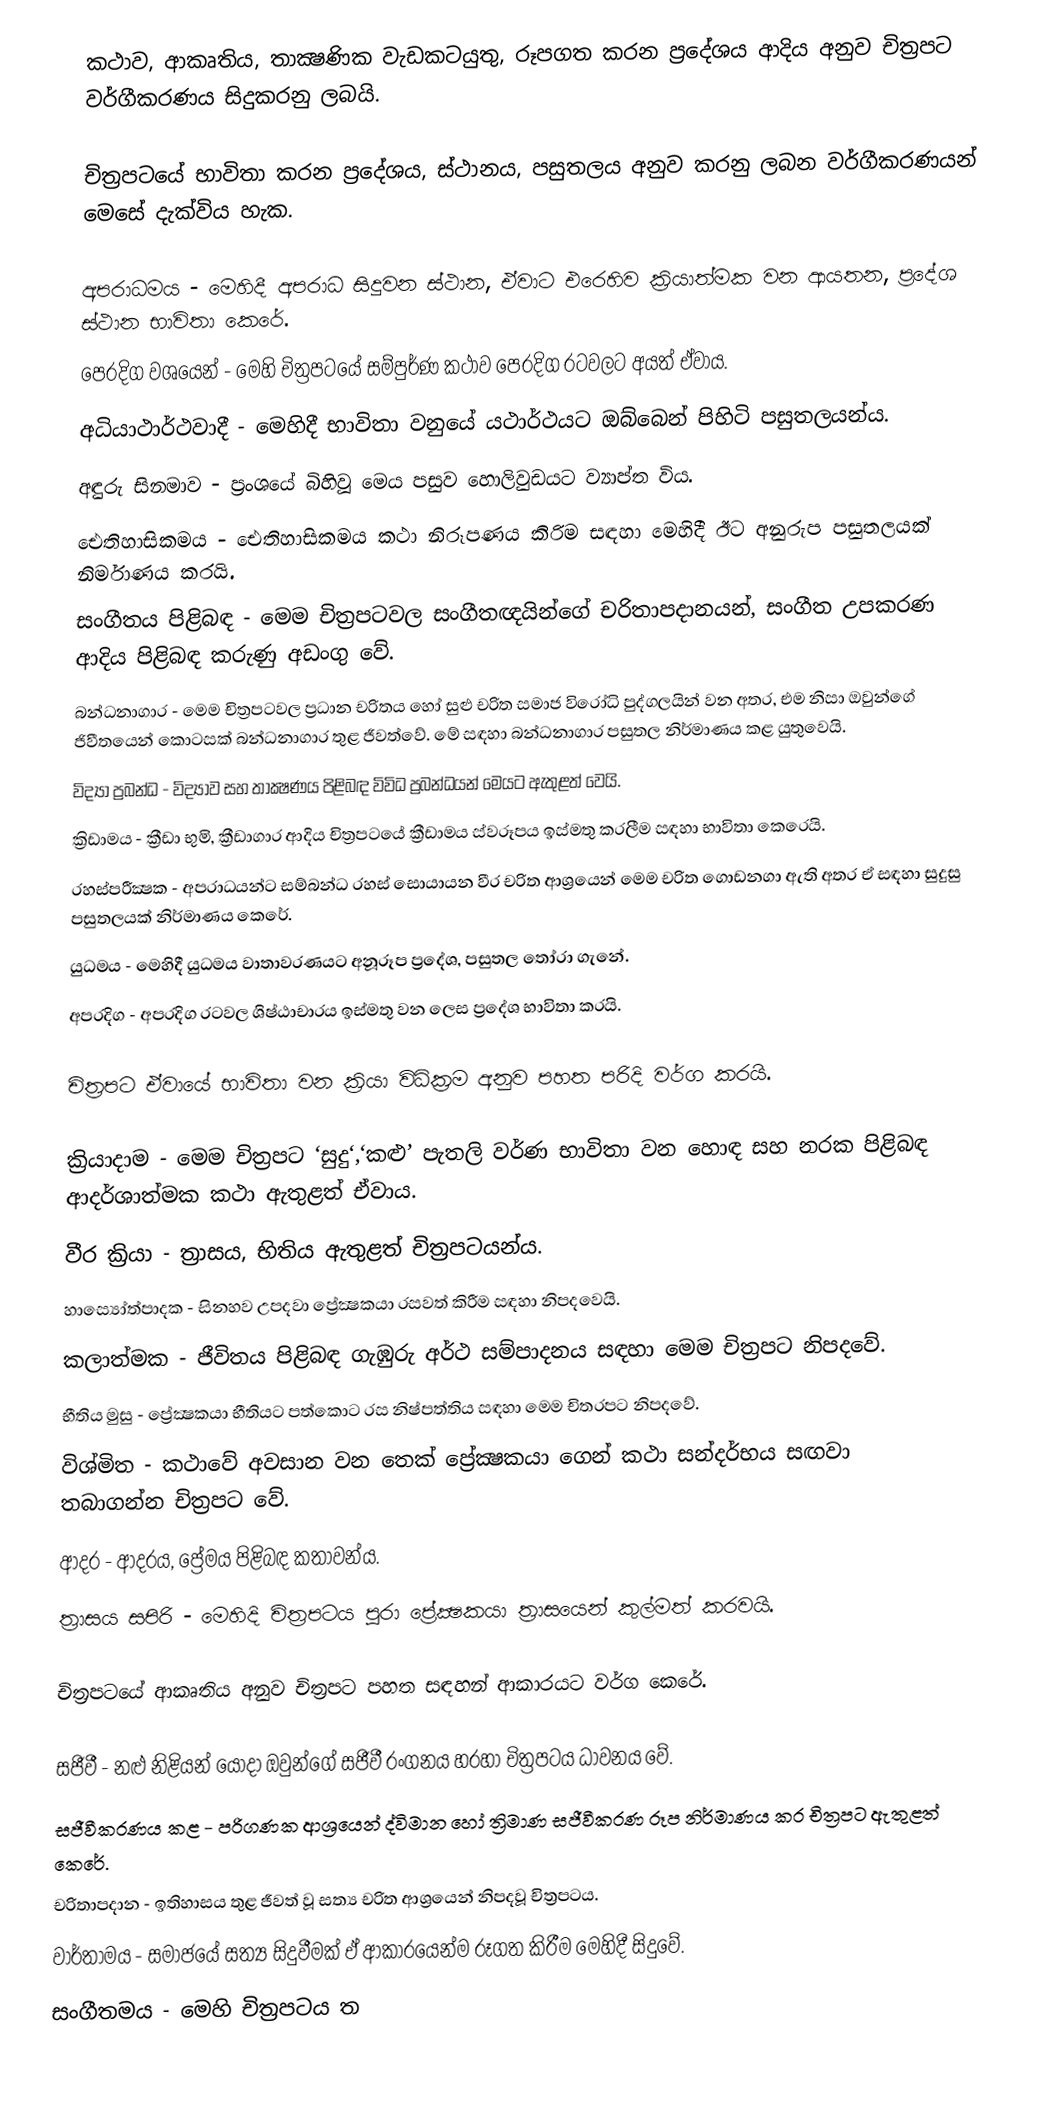
කථාව, ආකෘතිය, තාක්‍ෂණික වැඩකටයුතු, රූපගත කරන ප්‍රදේශය ආදිය අනුව චිත්‍රපට වර්ගීකරණය සිදුකරනු ලබයි.

චිත්‍රපටයේ භාවිතා කරන ප්‍රදේශය, ස්ථානය, පසුතලය අනුව කරනු ලබන වර්ගීකරණයන් මෙසේ දැක්විය හැක.

අපරාධමය   - මෙහිදී අපරාධ සිදුවන ස්ථාන, ඒවාට එරෙහිව ක්‍රියාත්මක වන ආයතන, ප්‍රදේශ ස්ථාන භාවිතා කෙරේ.
පෙරදිග    වශයෙන්   - මෙහි චිත්‍රපටයේ සම්පුර්ණ කථාව පෙරදිග රටවලට අයත් ඒවාය.
අධියාථාර්ථවාදී  - මෙහිදී භාවිතා වනුයේ යථාර්ථයට ඔබ්බෙන් පිහිටි පසුතලයන්ය.
අඳුරු සිනමාව - ප්‍රංශයේ බිහිවූ මෙය පසුව හොලිවුඩයට ව්‍යාප්ත විය.
ඓතිහාසිකමය  - ඓතිහාසිකමය කථා නිරූපණය කිරිම සඳහා මෙහිදී ඊට අනුරුප පසුතලයක් නිර්මාණය කරයි.
සංගීතය පිළිබඳ   - මෙම චිත්‍රපටවල සංගීතඥයින්ගේ චරිතාපදානයන්, සංගීත උපකරණ ආදිය පිළිබඳ කරුණු අඩංගු වේ.
බන්ධනාගාර    - මෙම චිත්‍රපටවල ප්‍රධාන චරිතය හෝ සුළු චරිත සමාජ විරෝධි පුද්ගලයින් වන අතර, එම නිසා ඔවුන්ගේ ජිවීතයෙන් කොටසක් බන්ධනාගාර තුළ ජීවත්වේ. මේ සඳහා බන්ධනාගාර පසුතල නිර්මාණය කළ යුතුවෙයි.
විද්‍යා ප්‍රබන්ධ  - විද්‍යාව සහ තාක්‍ෂණය පිළිබඳ විවිධ ප්‍රබන්ධයන් මෙයට ඇතුළත් වෙයි.
ක්‍රිඩාමය      - ක්‍රීඩා භුමි, ක්‍රීඩාගාර ආදිය චිත්‍රපටයේ ක්‍රීඩාමය ස්වරූපය ඉස්මතු කරලීම සඳහා භාවිතා කෙරෙයි.
රහස්පරීක්‍ෂක   - අපරාධයන්ට සම්බන්ධ රහස් සොයායන වීර චරිත ආශ්‍රයෙන් මෙම චරිත ගොඩනගා ඇති අතර ඒ සඳහා සුදුසු පසුතලයක් නිර්මාණය කෙරේ.
යුධමය        - මෙහිදී යුධමය වාතාවරණයට අනූරූප ප්‍රදේශ, පසුතල තෝරා ගැනේ.
අපරදිග       - අපරදිග රටවල ශිෂ්ඨාචාරය ඉස්මතු වන ලෙස ප්‍රදේශ භාවිතා කරයි.

චිත්‍රපට ඒවායේ භාවිතා වන ක්‍රියා විධික්‍රම අනුව පහත පරිදි වර්ග කරයි.

ක්‍රියාදාම  - මෙම චිත්‍රපට ‘සුදු‘,‘කළු’ පැතලි වර්ණ භාවිතා වන හොඳ සහ නරක පිළිබඳ ආදර්ශාත්මක කථා ඇතුළත් ඒවාය.
වීර ක්‍රියා  - ත්‍රාසය, භිතිය ඇතුළත් චිත්‍රපටයන්ය.
හාස්‍යෝත්පාදක  - සිනහව උපදවා ප්‍රේක්‍ෂකයා රසවත් කිරීම සඳහා නිපදවෙයි.
කලාත්මක  - ජීවිතය පිළිබඳ ගැඹුරු අර්ථ සම්පාදනය සඳහා මෙම චිත්‍රපට නිපදවේ.
භීතිය මුසු - ප්‍රේක්‍ෂකයා භීතියට පත්කොට රස නිෂ්පත්තිය සඳහා මෙම චිත‍්‍රපට නිපදවේ.
විශ්මිත - කථාවේ අවසාන වන තෙක් ප්‍රේක්‍ෂකයා ගෙන් කථා සන්දර්භය සඟවා තබාගන්න චිත්‍රපට වේ.
ආදර - ආදරය, ප්‍රේමය පිළිබඳ කතාවන්ය.
ත්‍රාසය සපිරි - මෙහිදි චිත්‍රපටය පුරා ප්‍රේක්‍ෂකයා ත්‍රාසයෙන් කුල්මත් කරවයි.

චිත්‍රපටයේ ආකෘතිය අනුව චිත්‍රපට පහත සඳහන් ආකාරයට වර්ග කෙරේ.

සජීවී - නළු නිළියන් යොදා ඔවුන්ගේ සජීවී රංගනය හරහා චිත්‍රපටය ධාවනය වේ.
 සජීවීකරණය කළ - පරිගණක ආශ්‍රයෙන් ද්විමාන හෝ ත්‍රිමාණ සජීවීකරණ රූප නිර්මාණය කර චිත්‍රපට ඇතුළත් කෙරේ.
චරිතාපදාන - ඉතිහාසය තුළ ජීවත් වූ සත්‍ය චරිත ආශ්‍රයෙන් නිපදවූ චිත්‍රපටය.
වාර්තාමය - සමාජයේ සත්‍ය සිදුවීමක් ඒ ආකාරයෙන්ම රූගත කිරීම මෙහිදී සිදුවේ.
සංගීතමය - මෙහි චිත්‍රපටය ත